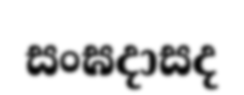
සංඝදාසද